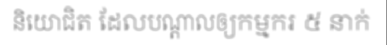
និយោជិត ដែលបណ្តាលឲ្យកម្មករ ៥ នាក់